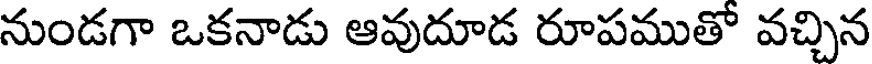
నుండగా ఒకనాడు ఆవుదూడ రూపముతో వచ్చిన